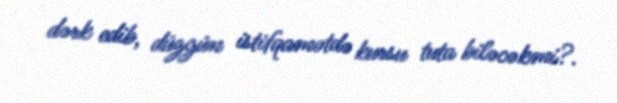
dərk edib, düzgün istifqamətdə kursu tuta biləcəkmi?.